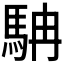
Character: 𩢡